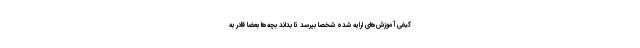
کیفی آموزش‌های ارایه شده شخصاً بپرسد تا بداند بچه‌ها بعضاً قادر به